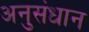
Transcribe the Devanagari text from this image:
अनुसंधान